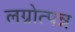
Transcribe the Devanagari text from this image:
लग्नोत्पन्न